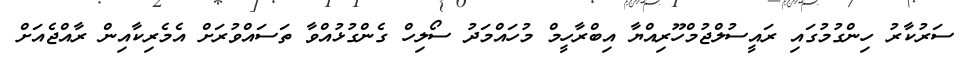
ސަރުކާރު ހިންގުމުގައި ރައީސުލްޖުމްހޫރިއްޔާ އިބްރާހީމް މުހައްމަދު ސޯލިހް ގެންގުޅުއްވާ ތަސައްވުރަށް އެމެރިކާއިން ރާއްޖެއަށް